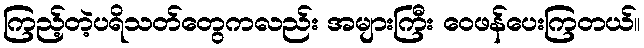
ကြည့်တဲ့ပရိသတ်တွေကလည်း အများကြီး ဝေဖန်ပေးကြတယ်။